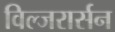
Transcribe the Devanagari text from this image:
विल्जरार्सन